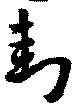
封